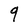
Character: 9